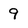
Character: 9